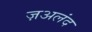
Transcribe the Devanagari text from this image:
ज़अलंद